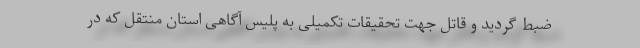
ضبط گردید و قاتل جهت تحقیقات تکمیلی به پلیس آگاهی استان منتقل که در